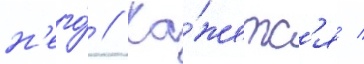
н'его́ // Ка́жетс'я /